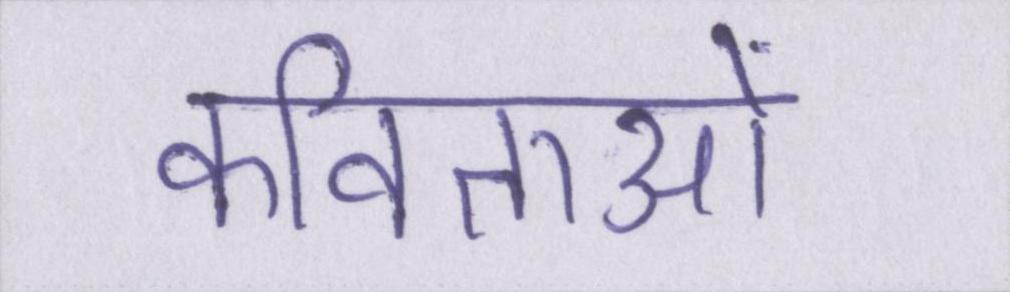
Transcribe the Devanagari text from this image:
कविताओं